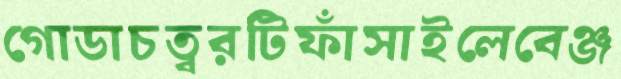
গোডাচত্বরটিফাঁসাইলেবেঞ্জ